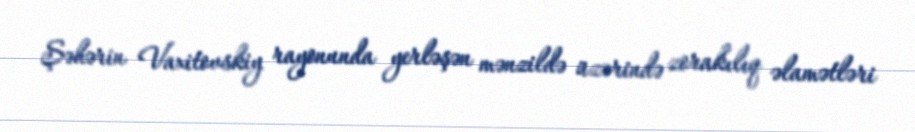
Şəhərin Vaxitovskiy rayonunda yerləşən mənzildə üzərində zorakılıq əlamətləri